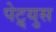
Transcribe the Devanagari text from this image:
पेट्र्युस